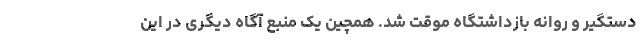
دستگیر و روانه بازداشتگاه موقت شد. همچین یک منبع آگاه دیگری در این